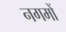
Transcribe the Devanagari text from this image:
नगमों